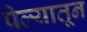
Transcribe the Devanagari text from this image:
पेल्यातून